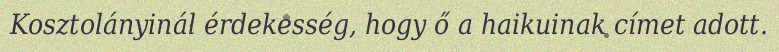
Kosztolányinál érdekesség, hogy ő a haikuinak címet adott.